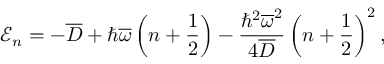
\mathcal { E } _ { n } = - \overline { { D } } + \hbar \overline { { \omega } } \left( n + \frac { 1 } { 2 } \right) - \frac { \hbar ^ { 2 } \overline { { \omega } } ^ { 2 } } { 4 \overline { { D } } } \left( n + \frac { 1 } { 2 } \right) ^ { 2 } ,